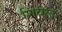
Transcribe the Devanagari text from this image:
शिवेल